Civil Veterinary Dept. Bombay admin report 1893-99 - 1893-1899
Year: 1893
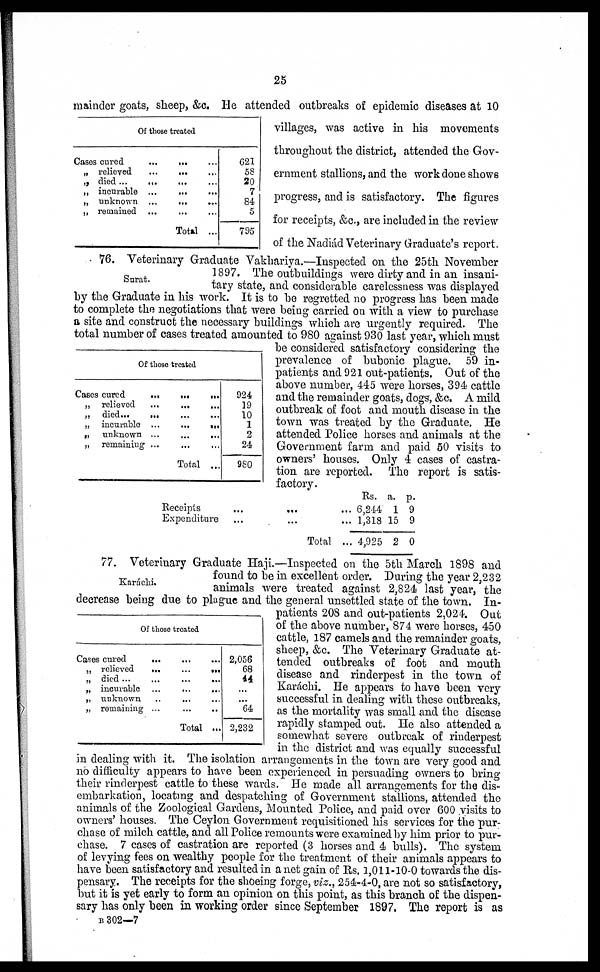
25
Of those treated
Cases cured
...
...
„ relieved
... ... ....
„ died
„ incurable ...
...
...
„ unknown ...
... ...
„ remained ... ... ...
Total ...
621
58
20
7
84
5
795
mainder goats, sheep, &c. He attended outbreaks of epidemic diseases at 10
villages, was active in his movements
throughout the district, attended the Gov-
ernment stallions, and the work done shows
progress, and is satisfactory. The figures
for receipts, &c., are included in the review
of the Nadiád Veterinary Graduate's report.
Surat.
Of those treated
Cases cured
...
...
...
„ relieved
...
...
...
„ died ...
...
„ incurable ...
...
...
„ unknown ...
...
...
„ remaining ... ... ...
Total ...
924
19
10
1
2
24
980
76. Veterinary Graduate Vakhariya.—Inspected on the 25th November
1897. The outbuildings were dirty and in an insani-
tary state, and considerable carelessness was displayed
by the Graduate in his work. It is to be regretted no progress has been made
to complete the negotiations that were being carried on with a view to purchase
a site and construct the necessary buildings which are urgently required. The
total number of cases treated amounted to 980 against 930 last year, which must
be considered satisfactory considering the
prevalence of bubonic plague. 59 in-
patients and 921 out-patients. Out of the
above number, 445 were horses, 394 cattle
and the remainder goats, dogs, &c. A mild
outbreak of foot and mouth disease in the
town was treated by the Graduate. He
attended Police horses and animals at the
Government farm and paid 50 visits to
owners' houses. Only 4 cases of castra-
tion are reported. The report is satis-
factory.
Receipts
...
...
...
Expenditure
...
...
...
Total...
Rs.
6,244
1,318
4,925
a.
1
15
2
p.
9
9
0
Karachi.
Of those treated
Cases cured ... ... ...
„ relieved
...
...
...
., died ...
...
...
...
„ incurable ... ... ...
„ unknown ... ... ...
„ remaining ... ... ...
Total ...
2,056
68
44
...
...
64
2,232
77. Veterinary Graduate Haji.—Inspected on the 5th March 1898 and
found to be in excellent order. During the year 2,232
animals were treated against 2,824 last year, the
decrease being due to plague and the general unsettled state of the town. In-
patients 208 and out-patients 2,024. Out
of the above number, 874 were horses, 450
cattle, 187 camels and the remainder goats,
sheep, &c. The Veterinary Graduate at-
tended outbreaks of foot and mouth
disease and rinderpest in the town of
Karachi. He appears to have been very
successful in dealing with these outbreaks,
as the mortality was small and the disease
rapidly stamped out. He also attended a
somewhat severe outbreak of rinderpest
in the district and was equally successful
in dealing with it. The isolation arrangements in the town are very good and
no difficulty appears to have been experienced in persuading owners to bring
their rinderpest cattle to these wards. He made all arrangements for the dis-
embarkation, locating and despatching of Government stallions, attended the
animals of the Zoological Gardens, Mounted Police, and paid over 600 visits to
owners' houses. The Ceylon Government requisitioned his services for the pur-
chase of milch cattle, and all Police remounts were examined by him prior to pur-
chase. 7 cases of castration are reported (3 horses and 4 bulls). The system
of levying fees on wealthy people for the treatment of their animals appears to
have been satisfactory and resulted in a net gain of Rs. 1,011-10-0 towards the dis-
pensary. The receipts for the shoeing forge, viz., 254-4-0, are not so satisfactory,
but it is yet early to form an opinion on this point, as this branch of the dispen-
sary has only been in working order since September 1897. The report is as
B 302—7